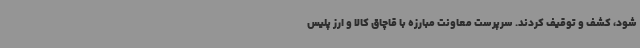
شود، کشف و توقیف کردند. سرپرست معاونت مبارزه با قاچاق کالا و ارز پلیس